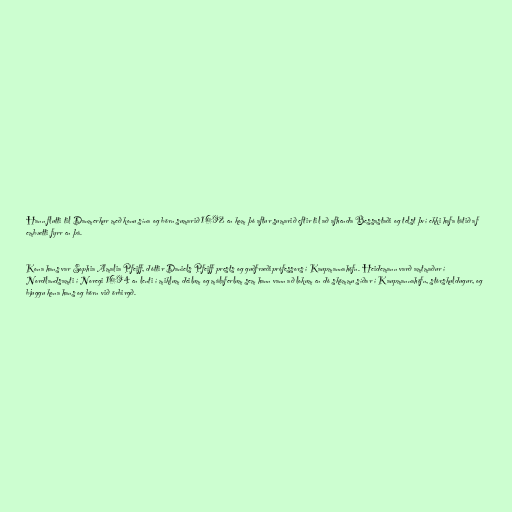
Hann flutti til Danmerkur með konu sína og börn sumarið 1692 en kom þó aftur sumarið eftir til að afhenda Bessastaði og telst því ekki hafa látið af
embætti fyrr en þá.

Kona hans var Sophia Amalia Pfeiff, dóttir Daniels Pfeiff prests og guðfræðiprófessors í Kaupmannahöfn. Heidemann varð amtmaður í
Nordlandsamti í Noregi 1694 en lenti í miklum deilum og málaferlum sem hann vann að lokum en dó skömmu síðar í Kaupmannahöfn, stórskuldugur, og
bjuggu kona hans og börn við örbirgð.